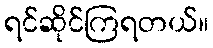
ရင်ဆိုင်ကြရတယ်။